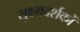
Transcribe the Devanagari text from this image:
सूक्ष्मदर्शकों